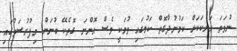
ނުވަތަ އަނެކަކަށް ކަމުނުދާގޮތް ކަމުގައި ވުމަކީ ވެސް އޮންނަ ގޮތެކޭ ބުނަން މިފުރުސަތުގައި